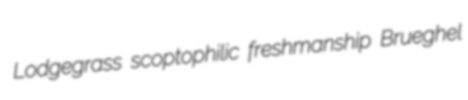
Lodgegrass scoptophilic freshmanship Brueghel